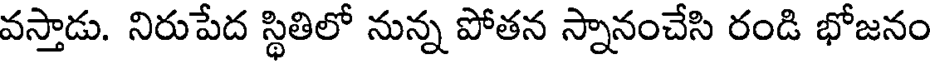
వస్తాడు. నిరుపేద స్థితిలో నున్న పోతన స్నానంచేసి రండి భోజనం